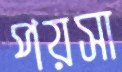
পয়সা